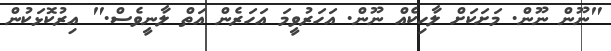
"ނޫން ނޫން. މަށަކަށް ލާހިކެއް ނޫން. އަހަރުވީމަ އަހަރެން އަތް ލާނީވެސް." އިރުކޮޅަކުން